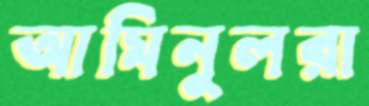
আমিনুলরা